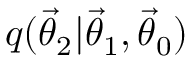
q ( \ensuremath { \vec { \theta } } _ { 2 } | \ensuremath { \vec { \theta } } _ { 1 } , \ensuremath { \vec { \theta } } _ { 0 } )